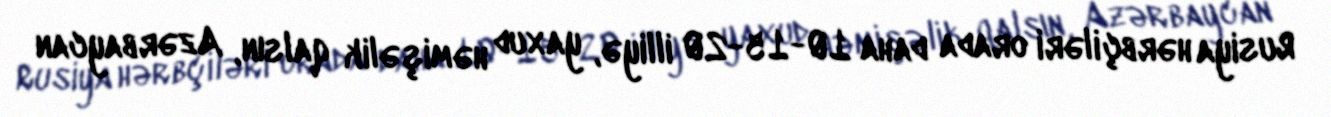
Rusiya hərbçiləri orada daha 10-15-20 illiyə, yaxud həmişəlik qalsın, Azərbaycan